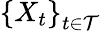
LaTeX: \left\{ X_{t}\right\} _{t\in{\mathcal{T}}}